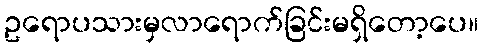
ဥရောပသားမှလာရောက်ခြင်းမရှိတော့ပေ။